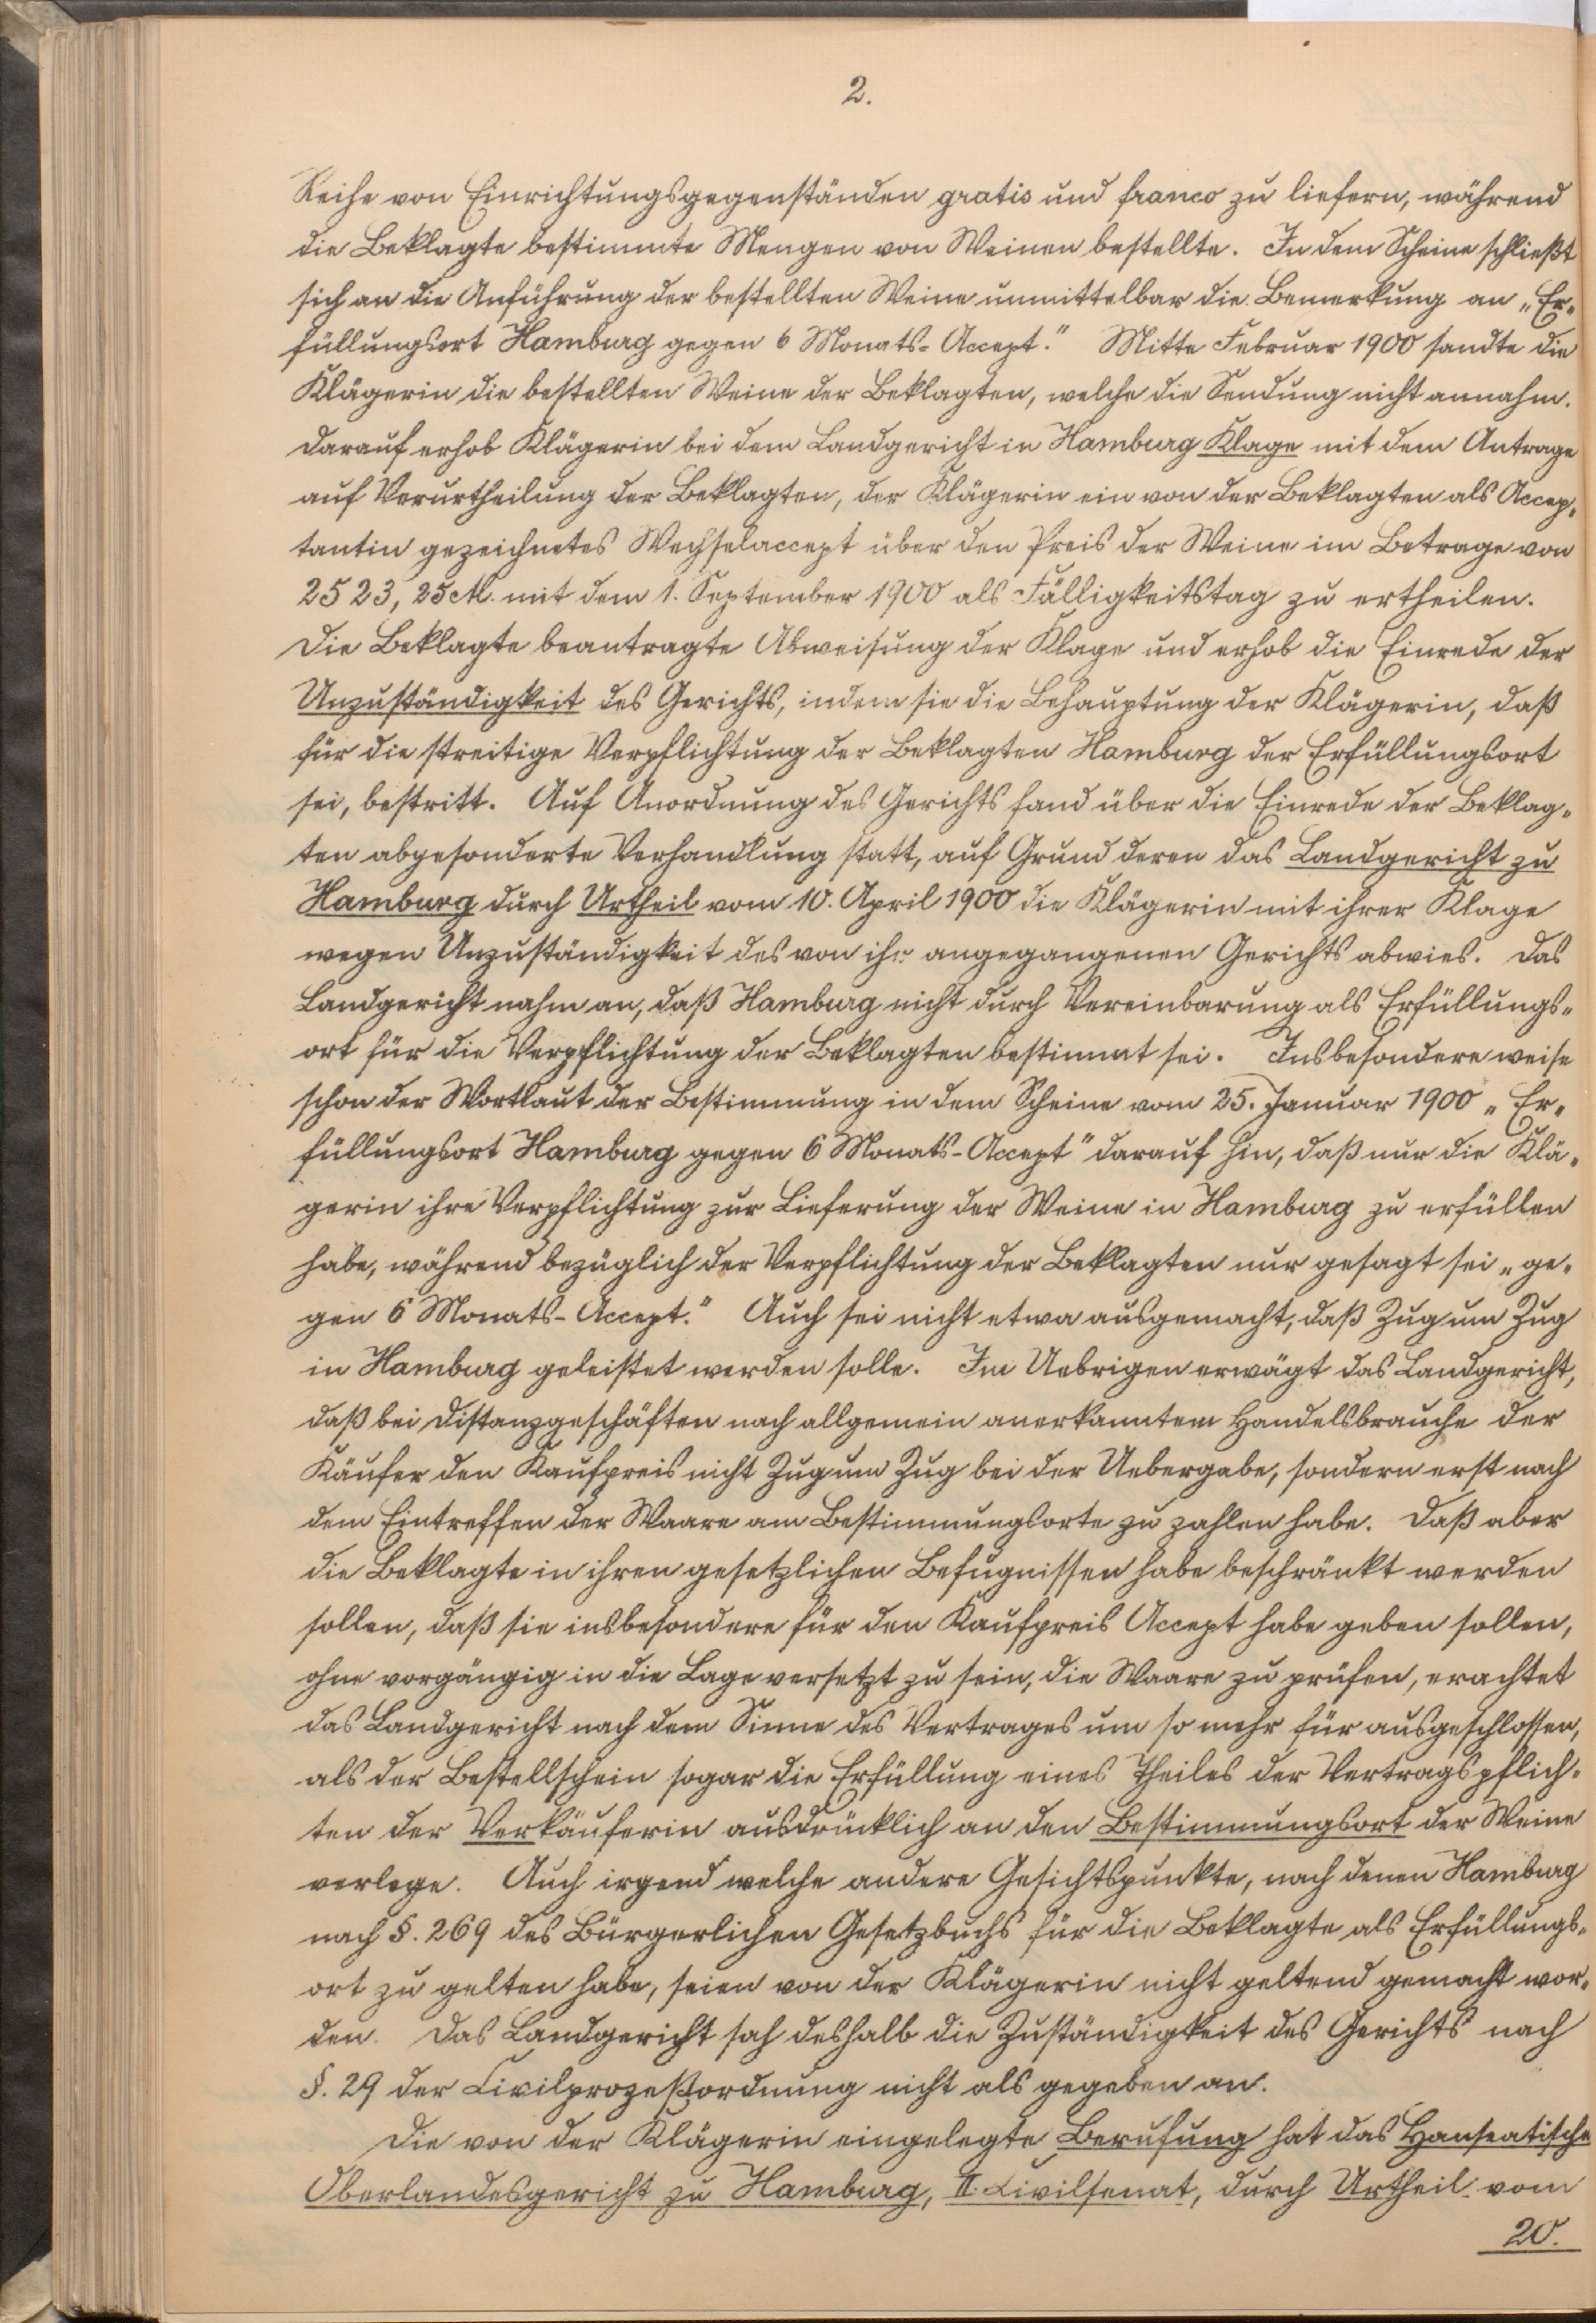
2.

Reihe von Einrichtungsgegenständen gratis und franco zu liefern, während
die Beklagte bestimmte Mengen von Weinen bestellte. In dem Scheine schließt
sich an die Anführung der bestellten Weine unmittelbar die Bemerkung an „Er¬
füllungsort Hamburg gegen 6 Monats-Accept." Mitte Februar 1900 sandte die
Klägerin die bestellten Weine der Beklagten, welche die Sendung nicht annahm.
Darauf erhob die Klägerin bei dem Landgericht in Hamburg Klage mit dem Antrage
auf Verurtheilung der Beklagten, der Klägerin ein von der Beklagten als Accep¬
tantin gezeichnetes Wechselaccept über den Preis der Weine im Betrage von
2523,25 M. mit dem 1. September 1900 als Fälligkeitstag zu ertheilen.
Die Beklagte beantragte Abweisung der Klage und erhob die Einrede der
Unzuständigkeit des Gerichts, indem sie die Behauptung der Klägerin, daß
für die streitige Verpflichtung der Beklagten Hamburg der Erfüllungsort
sei, bestritt. Auf Anordnung des Gerichts fand über die Einrede der Beklag¬
ten abgesonderte Verhandlung statt, auf Grund deren das Landgericht zu
Hamburg durch Urtheil vom 10. April 1900 die Klägerin mit ihrer Klage
wegen Unzuständigkeit des von ihr angegangenen Gerichts abwies. Das
Landgericht nahm an, daß Hamburg nicht durch Vereinbarung als Erfüllungs¬
ort für die Verpflichtung der Beklagten bestimmt sei. Insbesondere weise
schon der Wortlaut der Bestimmung in dem Scheine vom 25. Januar 1900 „Er¬
füllungsort Hamburg gegen 6 Monats-Accept" darauf hin, daß nur die Klä¬
gerin ihre Verpflichtung zur Lieferung der Weine in Hamburg zu erfüllen
habe, während bezüglich der Verpflichtung der Beklagten nur gesagt sei „ge¬
gen 6 Monats-Accept." Auch sei nicht etwa ausgemacht, daß Zug um Zug
in Hamburg geleistet werden solle. Im Uebrigen erwägt das Landgericht,
daß bei Distanzgeschäften nach allgemein anerkanntem Handelsbrauche der
Käufer den Kaufpreis nicht Zug um Zug bei der Übergabe, sondern erst nach
dem Eintreffen der Waare am Bestimmungsorte zu zahlen habe. Daß aber
die Beklagte in ihren gesetzlichen Befugnissen habe beschränkt werden
sollen, daß sie insbesondere für den Kaufpreis Accept habe geben sollen,
ohne vorgängig in die Lage versetzt zu sein, die Waare zu prüfen, erachtet
das Landgericht nach dem Sinne des Vertrages um so mehr für ausgeschlossen,
als der Bestellschein sogar die Erfüllung eines Theiles der Vertragspflich¬
ten der Verkäuferin ausdrücklich an den Bestimmungsort der Weine
verlege. Auch irgend welche andere Gesichtspunkte, nach denen Hamburg
nach §. 269 des Bürgerlichen Gesetzbuchs für die Beklagte als Erfüllungs¬
ort zu gelten habe, seien von der Klägerin nicht geltend gemacht wor¬
den. Das Landgericht sah deshalb die Zuständigkeit des Gerichts nach
§. 29 der Civilprozeßordnung nicht als gegeben an.
Die von der Klägerin eingelegte Berufung hat das Hanseatische
Oberlandesgericht zu Hamburg, II. Civilsenat, durch Urtheil vom
20.